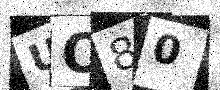
Text: UO80